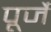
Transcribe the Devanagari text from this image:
पूर्जे